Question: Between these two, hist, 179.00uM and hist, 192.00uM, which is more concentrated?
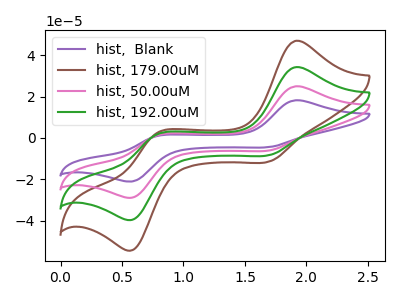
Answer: <think>The purple curve "hist,  Blank" has anodic peaks at (1.90V, 102.75uA) (0.80V, 5.55uA) and cathodic peaks at (1.70V, -24.70uA) (0.60V, -118.35uA). The brown curve "hist, 179.00uM" has anodic peaks at (1.90V, 47.00uA) (0.80V, 2.55uA) and cathodic peaks at (1.70V, -11.30uA) (0.60V, -54.10uA). The pink curve "hist, 50.00uM" has anodic peaks at (1.90V, 68.50uA) (0.80V, 3.70uA) and cathodic peaks at (1.70V, -16.45uA) (0.60V, -78.90uA). The green curve "hist, 192.00uM" has anodic peaks at (1.90V, 34.25uA) (0.80V, 1.85uA) and cathodic peaks at (1.70V, -8.25uA) (0.60V, -39.45uA).
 All the peaks in "hist, 179.00uM" have a peak in "hist, 192.00uM" at the same potential. Every peak in "hist, 179.00uM" is higher than every peak in "hist, 192.00uM".</think>
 <answer>"hist, 179.00uM" has more signal than "hist, 192.00uM" and so likely has a higher concentration.</answer>
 <eval>more_concentration</eval>